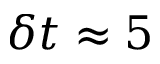
\delta t \approx 5